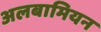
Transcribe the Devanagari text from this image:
अलबामियन